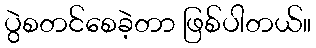
ပွဲစတင်စေခဲ့တာ ဖြစ်ပါတယ်။